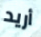
أريد